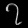
Digit: ၇